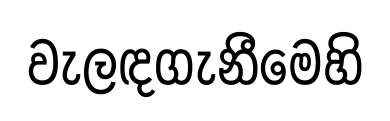
වැලඳගැනීමෙහි